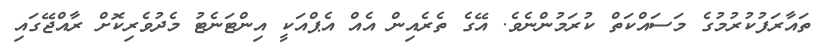
ތައާރަފުކުރުމުގެ މަސައްކަތް ކުރަމުންނެވެ. އޭގެ ތެރެއިން އެއް އެޕްއަކީ އިންޓަނެޓު މެދުވެރިކޮށް ރާއްޖޭގައި